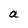
Character: a